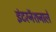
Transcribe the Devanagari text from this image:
इंटरनॅशनाले